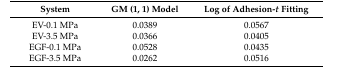
<table><thead><tr><td><b>System</b></td><td><b>GM (1, 1) Model</b></td><td><b>Log of Adhesion-<i>t</i> Fitting</b></td></tr></thead><tbody><tr><td>EV-0.1 MPa</td><td>0.0389</td><td>0.0567</td></tr><tr><td>EV-3.5 MPa</td><td>0.0366</td><td>0.0405</td></tr><tr><td>EGF-0.1 MPa</td><td>0.0528</td><td>0.0435</td></tr><tr><td>EGF-3.5 MPa</td><td>0.0262</td><td>0.0516</td></tr></tbody></table>